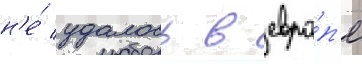
н'е́ удалось в евро́п'е